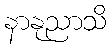
နာနုညာသိ